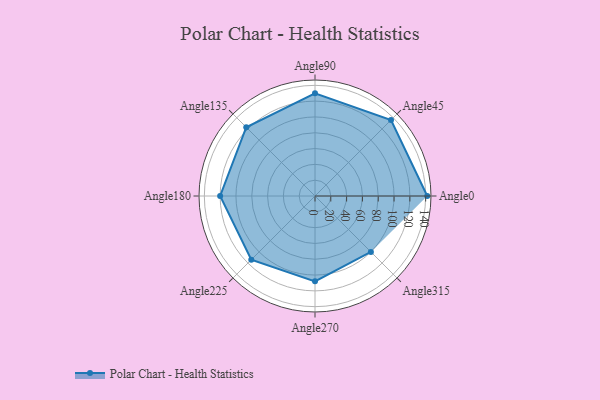
{"axis": {"x": "Angle", "y": "Radius"}, "legend": [""], "data": [{"x": "Angle0", "y": 142.0, "type": ""}, {"x": "Angle45", "y": 136.0, "type": ""}, {"x": "Angle90", "y": 130.0, "type": ""}, {"x": "Angle135", "y": 123.0, "type": ""}, {"x": "Angle180", "y": 120.0, "type": ""}, {"x": "Angle225", "y": 114.0, "type": ""}, {"x": "Angle270", "y": 108.0, "type": ""}, {"x": "Angle315", "y": 100.0, "type": ""}]}